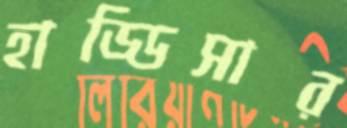
হাড্ডিসার